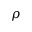
\rho